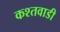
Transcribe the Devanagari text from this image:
कश्तवाडी